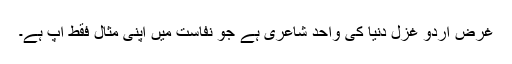
غرض اردو غزل دنیا کی واحد شاعری ہے جو نفاست میں اپنی مثال فقط آپ ہے۔